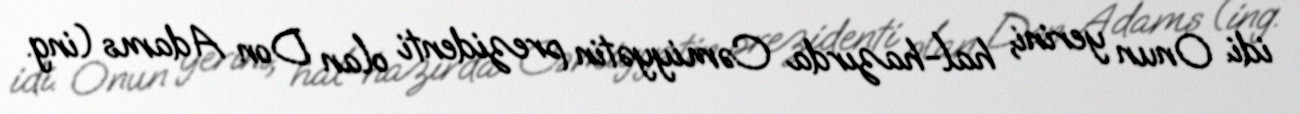
idi. Onun yerini, hal-hazırda Cəmiyyətin prezidenti olan Don Adams (ing.